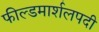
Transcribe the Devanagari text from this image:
फील्डमार्शलपदी